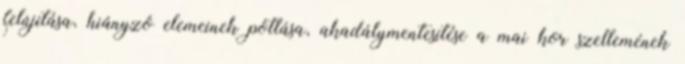
felújítása, hiányzó elemeinek pótlása, akadálymentesítése a mai kor szellemének